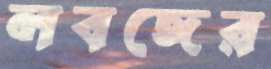
লবঙ্গের